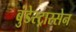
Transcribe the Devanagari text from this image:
बुंडेस्ट्रास्सेन